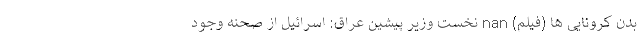
بدن کرونایی ها (فیلم) nan نخست وزیر پیشین عراق: اسرائیل از صحنه وجود